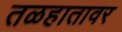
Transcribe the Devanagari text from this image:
तळहातावर